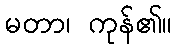
မတာ၊ ကုန်၏။